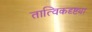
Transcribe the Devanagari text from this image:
तात्विकदृष्ट्या